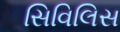
સિવિલિસ